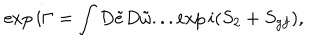
\exp i \Gamma = \int D \tilde { e } D \tilde { \omega } . . . \exp i ( S _ { 2 } + S _ { g f } ) ,